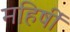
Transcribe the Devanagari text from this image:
महिषीं